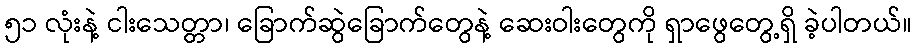
၅၁ လုံးနဲ့ ငါးသေတ္တာ၊ ခြောက်ဆွဲခြောက်တွေနဲ့ ဆေးဝါးတွေကို ရှာဖွေတွေ့ရှိ ခဲ့ပါတယ်။